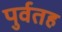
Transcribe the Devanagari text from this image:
पुर्वतह